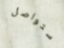
ستواصل